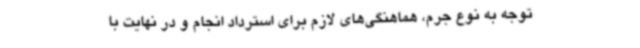
توجه به نوع جرم، هماهنگی‌های لازم برای استرداد انجام و در نهایت با